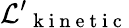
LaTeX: \mathcal{L}{'}_{\mathrm{~k~i~n~e~t~i~c~}}